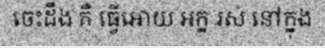
ចេះដឹង គឺ ធ្វើអោយ អក្ន រស់ នៅក្នុង